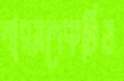
পারসপেকটিভ